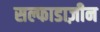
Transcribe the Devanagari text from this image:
सल्फाडाज़ीन